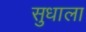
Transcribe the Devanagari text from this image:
सुधाला